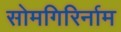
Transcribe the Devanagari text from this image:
सोमगिरिर्नाम